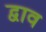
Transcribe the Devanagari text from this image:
द्वाव